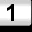
Digit: 1